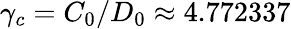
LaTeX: \gamma_{c}=C_{0}/D_{0}\approx 4.772337